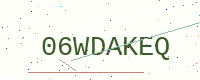
Text: 06WDAKEQ